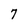
Character: 7